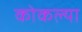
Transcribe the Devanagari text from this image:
कोकल्या